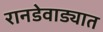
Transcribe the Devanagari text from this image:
रानडेवाड्यात